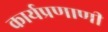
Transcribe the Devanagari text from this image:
कार्यप्रणाणी